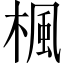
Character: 楓